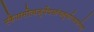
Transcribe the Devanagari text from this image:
एकैवासीत्यजुर्वेदस्तंचतुर्धाःव्यवर्तयत्